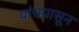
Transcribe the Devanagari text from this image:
पांचपासून